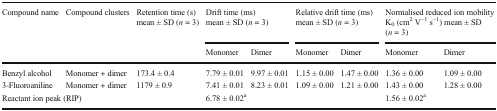
<table><thead><tr><td rowspan="2"><b>Compound name</b></td><td rowspan="2"><b>Compound clusters</b></td><td rowspan="2"><b>Retention time (s) mean ± SD (<i>n</i> = 3)</b></td><td colspan="2"><b>Drift time (ms) mean ± SD (<i>n</i> = 3)</b></td><td colspan="2"><b>Relative drift time (ms) mean ± SD (<i>n</i> = 3)</b></td><td colspan="2"><b>Normalised reduced ion mobility K<sub>0</sub> (cm<sup>2</sup> V<sup>−1</sup> s<sup>−1</sup>) mean ± SD (<i>n</i> = 3)</b></td></tr><tr><td><b>Monomer</b></td><td><b>Dimer</b></td><td><b>Monomer</b></td><td><b>Dimer</b></td><td><b>Monomer</b></td><td><b>Dimer</b></td></tr></thead><tbody><tr><td>Benzyl alcohol</td><td>Monomer + dimer</td><td>173.4 ± 0.4</td><td>7.79 ± 0.01</td><td>9.97 ± 0.01</td><td>1.15 ± 0.00</td><td>1.47 ± 0.00</td><td>1.36 ± 0.00</td><td>1.09 ± 0.00</td></tr><tr><td>3-Fluoroaniline</td><td>Monomer + dimer</td><td>1179 ± 0.9</td><td>7.41 ± 0.01</td><td>8.23 ± 0.01</td><td>1.09 ± 0.00</td><td>1.21 ± 0.00</td><td>1.43 ± 0.00</td><td>1.28 ± 0.00</td></tr><tr><td colspan="2">Reactant ion peak (RIP)</td><td></td><td colspan="2">6.78 ± 0.02<sup>a</sup></td><td></td><td></td><td colspan="2">1.56 ± 0.02<sup>a</sup></td></tr></tbody></table>